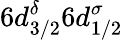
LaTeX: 6d_{3/2}^{\delta}6d_{1/2}^{\sigma}